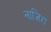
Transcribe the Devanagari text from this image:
नाज़िश